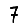
Digit: 7